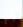
إم